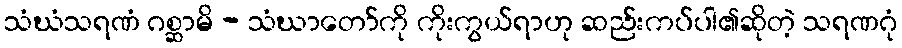
သံဃံသရဏံ ဂစ္ဆာမိ - သံဃာတော်ကို ကိုးကွယ်ရာဟု ဆည်းကပ်ပါ၏ဆိုတဲ့ သရဏဂုံ